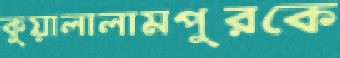
কুয়ালালামপুরকে